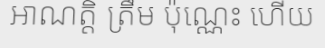
អាណត្តិ ត្រឹម ប៉ុណ្ណេះ ហើយ